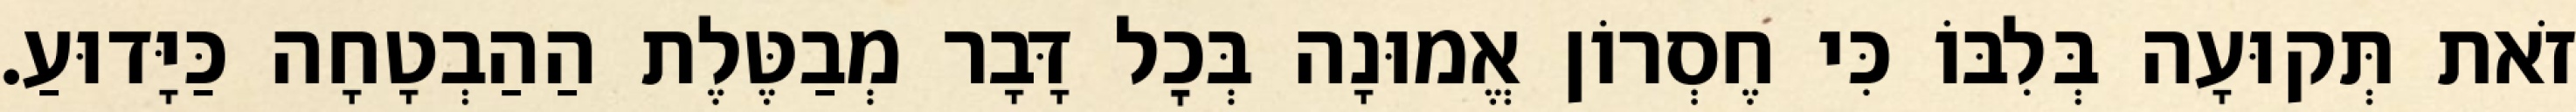
זֹאת תְּקוּעָה בְּלִבּוֹ כִּי חֶסְרוֹן אֱמוּנָה בְּכׇל דָּבָר מְבַטֶּלֶת הַהַבְטָחָה כַּיָּדוּעַ.